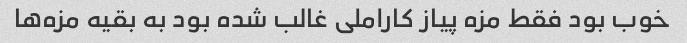
خوب بود فقط مزه پیاز کاراملی غالب شده بود به بقیه مزه‌ها